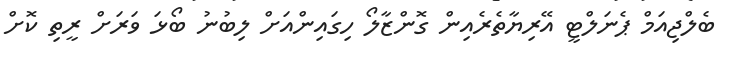
ބެލްޖިއަމް ޕެނަލްޓީ އޭރިޔާތެރެއިން ގޮންޒާލޯ ހިގައިންއަށް ލިބުނު ބޯޅަ ވަރަށް ރީތި ކޮށް